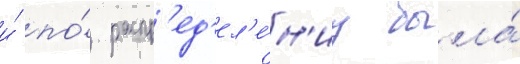
и́ по́ распр'ед'ел'е́н'иу была́